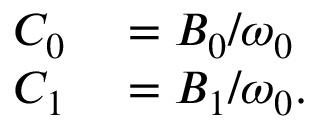
\begin{array} { r l } { C _ { 0 } } & { { } = B _ { 0 } / \omega _ { 0 } } \\ { C _ { 1 } } & { { } = B _ { 1 } / \omega _ { 0 } . } \end{array}